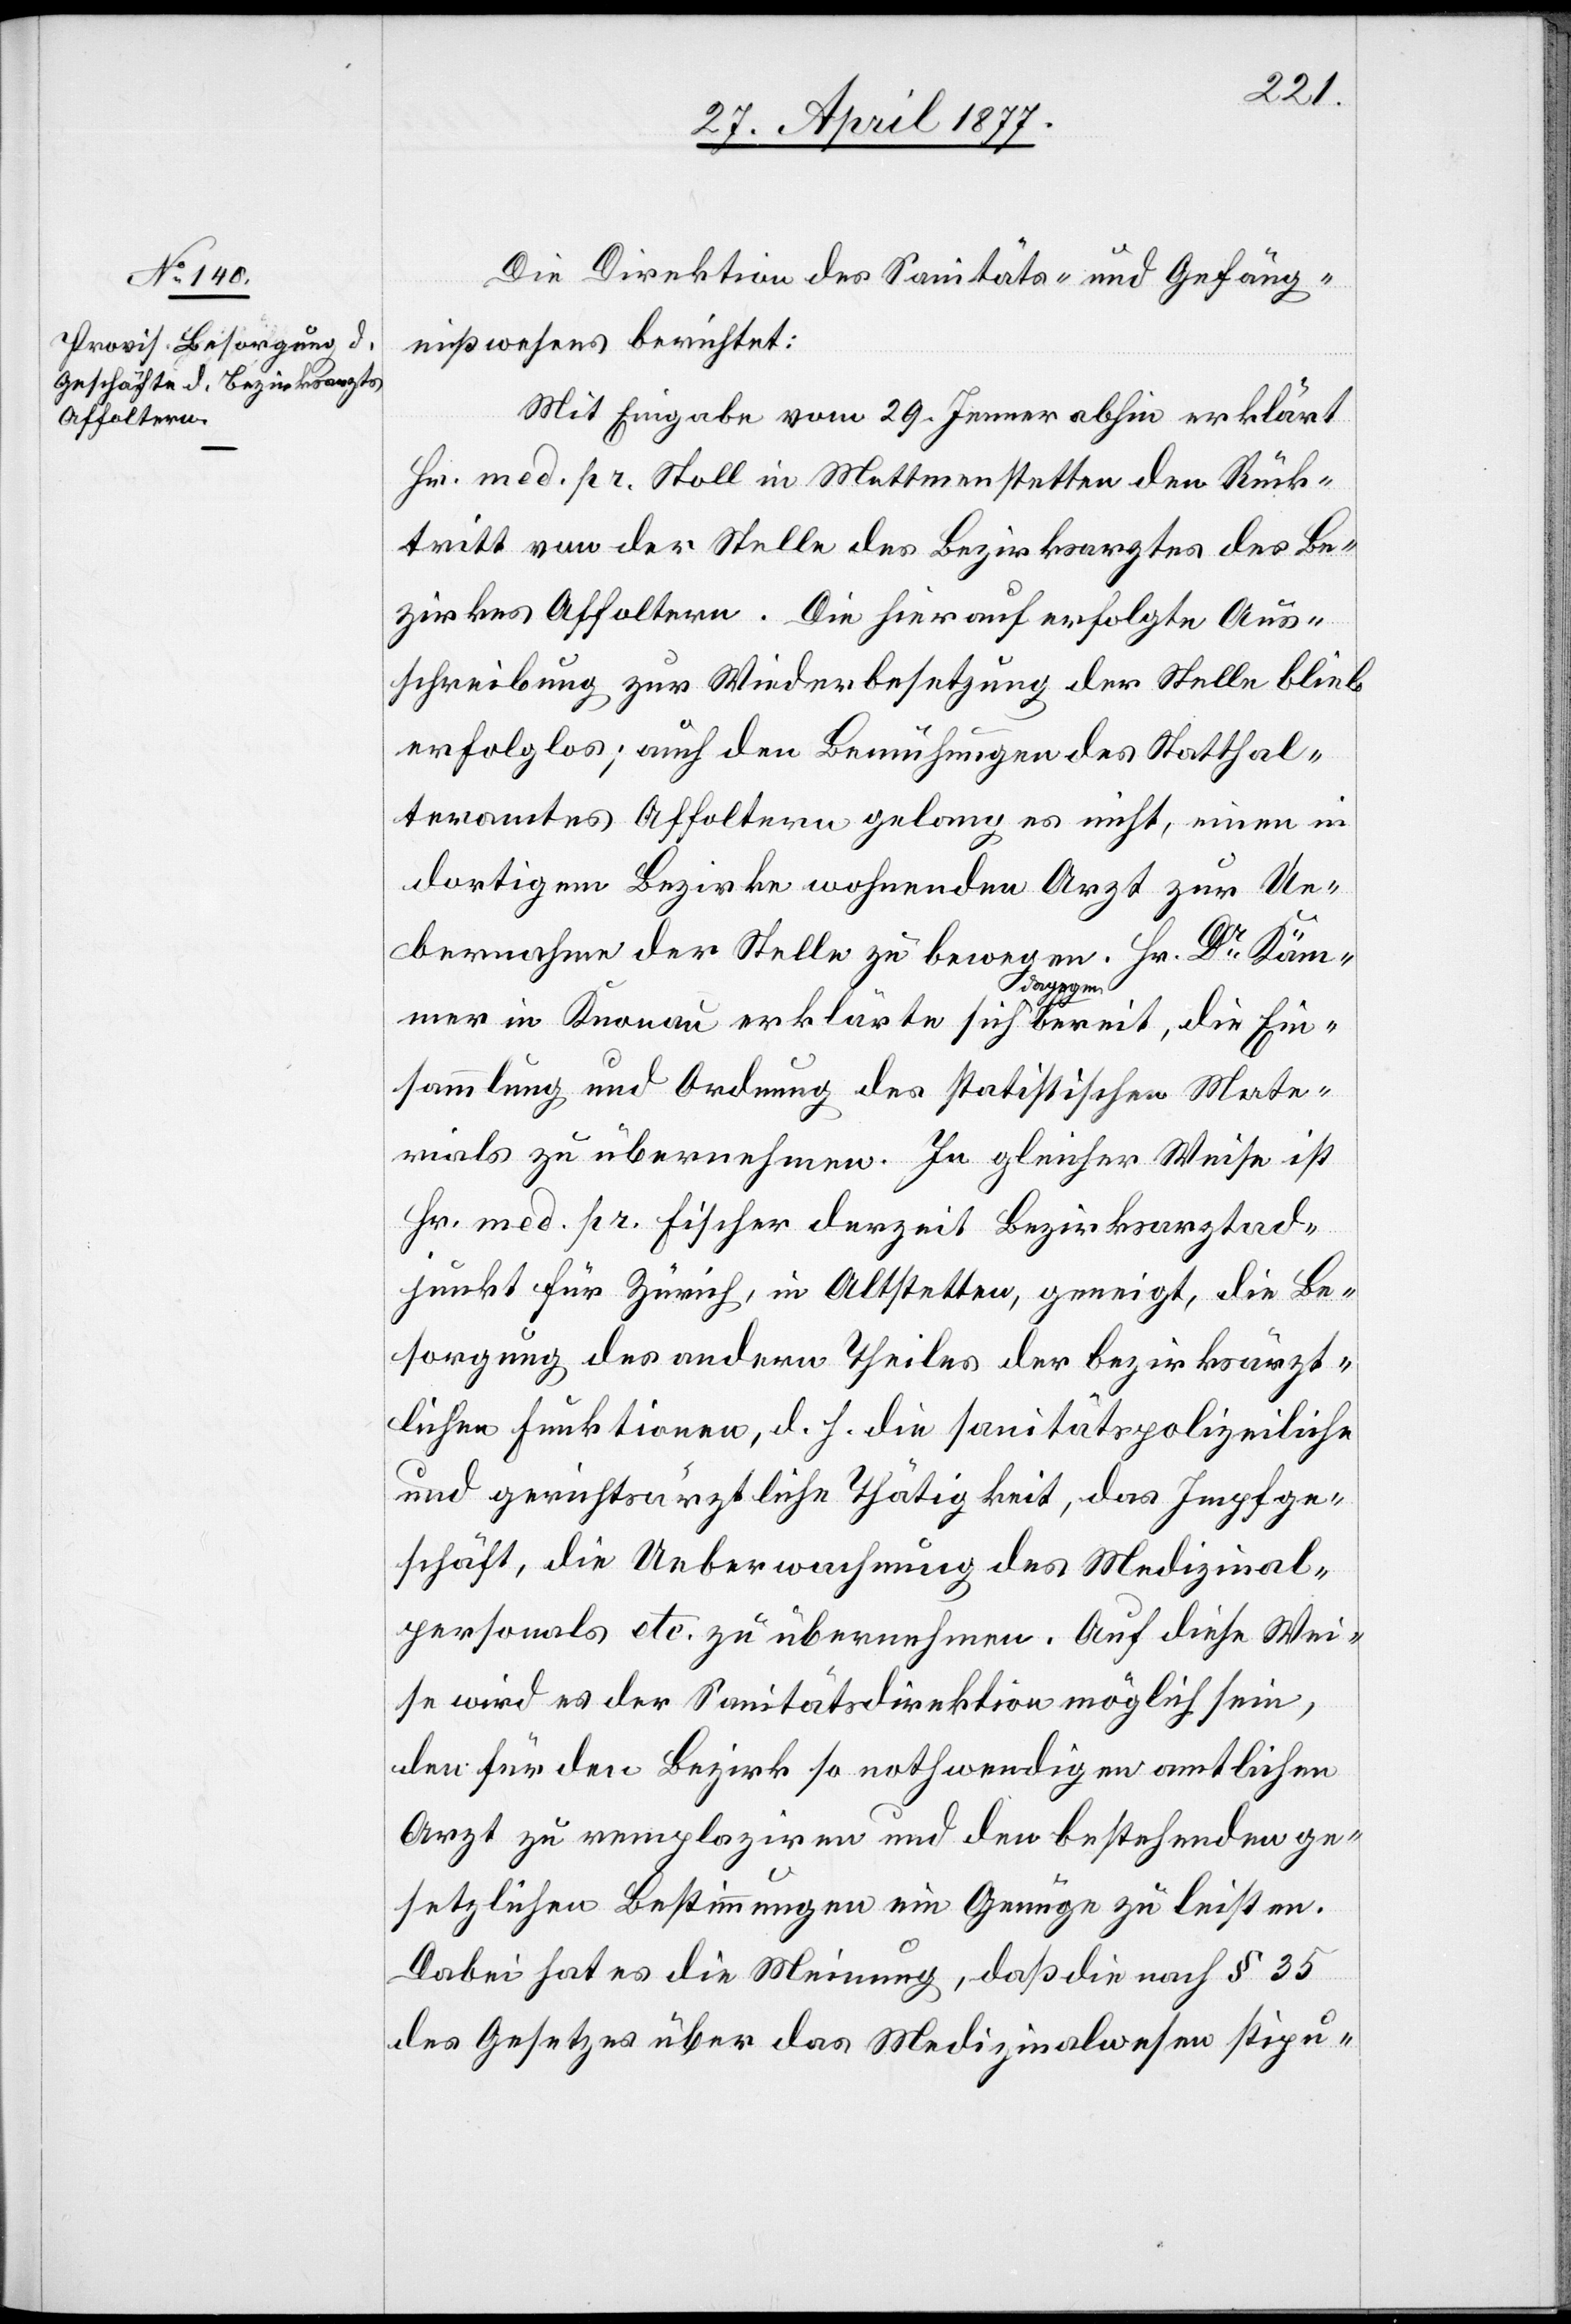
Die Direktion des Sanitäts- und Gefäng¬
nißwesens berichtet:
Mit Eingabe vom 29. Jenner abhin erklärt
Hr. med. pr. Stoll in Mettmenstetten den Rück¬
tritt von der Stelle des Bezirksarztes des Be¬
zirkes Affoltern. Die hierauf erfolgte Aus¬
schreibung zur Wiederbesetzung der Stelle blieb
erfolglos; auch den Bemühungen des Statthal¬
teramtes Affoltern gelang es nicht, einen in
dortigem Bezirke wohnenden Arzt zur Ue¬
bernahme der Stelle zu bewegen. Hr. Dr Käm¬
mer in Knonau erklärte sich dagegen bereit, die Ein¬
sammlung und Ordnung des statistischen Mate¬
rials zu übernehmen. In gleicher Weise ist
Hr. med. pr. Fischer derzeit Bezirksarztad¬
junkt für Zürich, in Altstetten, geneigt, die Be¬
sorgung des andern Theiles der bezirksärzt¬
lichen Funktionen, d. h. die sanitätspolizeiliche
und gerichtsärztliche Thätigkeit, das Impfge¬
schäft, die Ueberwachung des Medizinal¬
personals etc. zu übernehmen. Auf diese Wei¬
se wird es der Sanitätsdirektion möglich sein,
den für den Bezirk so nothwendigen amtlichen
Arzt zu remplaziren und den bestehenden ge¬
setzlichen Bestimmungen ein Genüge zu leisten.
Dabei hat es die Meinung, daß die nach § 35
des Gesetzes über das Medizinalwesen stipu-